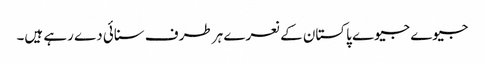
جیوے جیوے پاکستان کے نعرے ہر طرف سنائی دے رہے ہیں۔